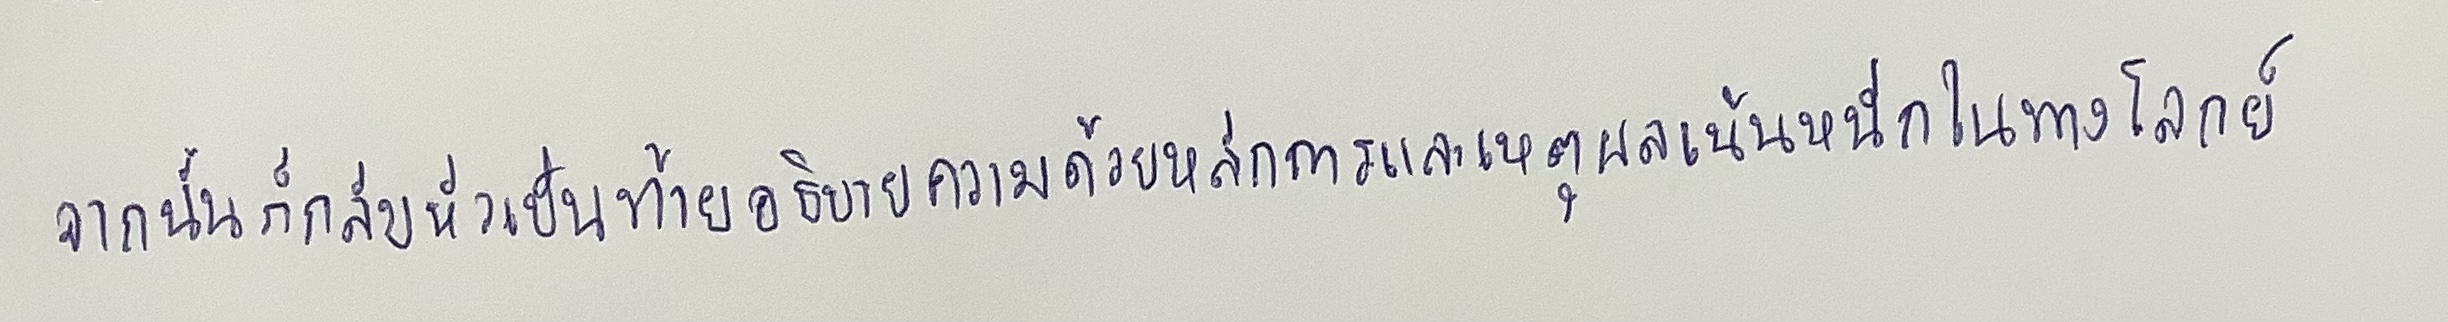
จากนั้นก็กลับหัวเป็นท้ายอธิบายความด้วยหลักการและเหตุผลเน้นหนักในทางโลกย์